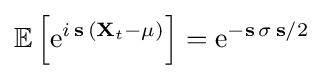
{\mathbb {E} }\left[{\mathrm {e} }^{i\,\mathbf {s} \,(\mathbf {X} _{t}-\mathbf {\mu } )}\right]={\mathrm {e} }^{-\mathbf {s} \,\sigma \,\mathbf {s} /2}